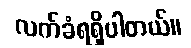
လက်ခံရရှိပါတယ်။